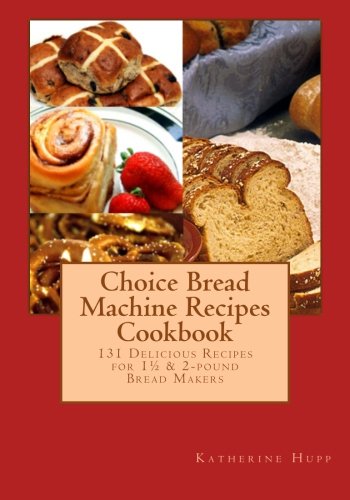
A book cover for Choice Bread Machine Recipes Cookbook 131 Delicious Recipes for 11/2 & 2-pound Bread Makers; Katherine Hupp; Cookbooks, Food & Wine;